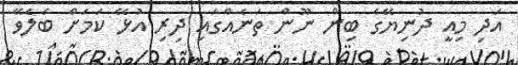
އަދި މިއީ ދުނިޔޭގެ ބިން ނޫން ތަނެއްގައި ދިރި އުޅޭ ކަމަށް ބެލެވޭ